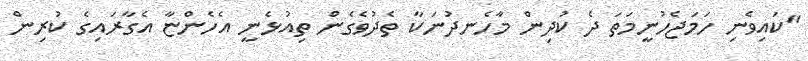
"ކައިވެނި ހަމަޖެހުނީމަތަ ދެ ކުދިން މާހެނދުނަކާ ތެދުވެގެން ތިއުޅެނީ އެހެންޏާ އެގާރައިގެ ކުރިން